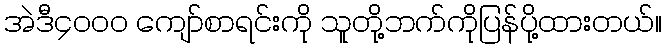
အဲဒီ၄၀၀၀ ကျော်စာရင်းကို သူတို့ဘက်ကိုပြန်ပို့ထားတယ်။